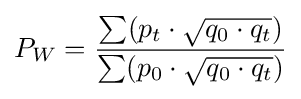
P_{W}={\frac {\sum (p_{t}\cdot {\sqrt {q_{0}\cdot q_{t}}})}{\sum (p_{0}\cdot {\sqrt {q_{0}\cdot q_{t}}})}}